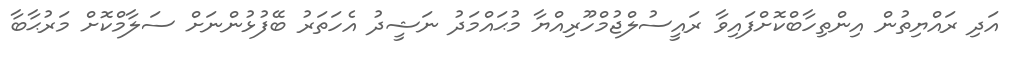
އަދި ރައްޔިތުން އިންތިހާބްކޮށްފައިވާ ރައީސުލްޖުމްހޫރިއްޔާ މުޙައްމަދު ނަޝީދު އެހަތަރު ބޭފުޅުންނަށް ސަލާމްކޮށް މަރުޙާބާ